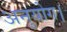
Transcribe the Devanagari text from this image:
अनुयोग।